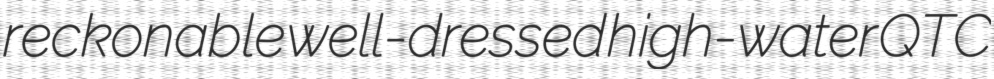
reckonable well-dressed high-water QTC